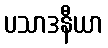
ပသာဒနီယာ